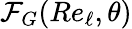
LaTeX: \mathcal{F}_{G}(\textit{Re}_{\ell},\theta)